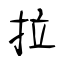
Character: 拉